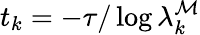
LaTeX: t_{k}=-\tau/\log\lambda_{k}^{\mathcal{M}}